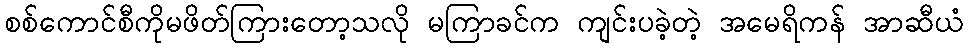
စစ်ကောင်စီကိုမဖိတ်ကြားတော့သလို မကြာခင်က ကျင်းပခဲ့တဲ့ အမေရိကန် အာဆီယံ